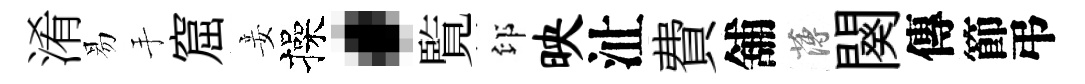
淆易手窟妾操·覧印映沚費舖薄闋傳節弔